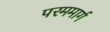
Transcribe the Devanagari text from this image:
परममार्ग